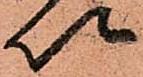
以